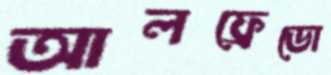
আলফ্রেডো